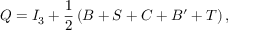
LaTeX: Q = I _ { 3 } + { \frac { 1 } { 2 } } \left( B + S + C + B ^ { \prime } + T \right) ,